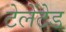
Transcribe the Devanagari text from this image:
टेलेंटेड